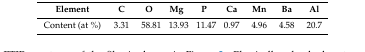
<table><thead><tr><td><b>Element </b></td><td><b>C</b></td><td><b>O</b></td><td><b>Mg</b></td><td><b>P</b></td><td><b>Ca</b></td><td><b>Mn</b></td><td><b>Ba</b></td><td><b>Al</b></td></tr></thead><tbody><tr><td>Content (at %)</td><td>3.31</td><td>58.81</td><td>13.93</td><td>11.47</td><td>0.97</td><td>4.96</td><td>4.58</td><td>20.7</td></tr></tbody></table>